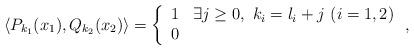
LaTeX: \begin{align*}\langle P_{k_1}(x_1),Q_{k_2}(x_2)\rangle=\left\{\begin{array}{ll}1 & \exists j\geq 0,\ k_i=l_i+j\ (i=1,2)\\0 & \end{array}\right. ,\end{align*}